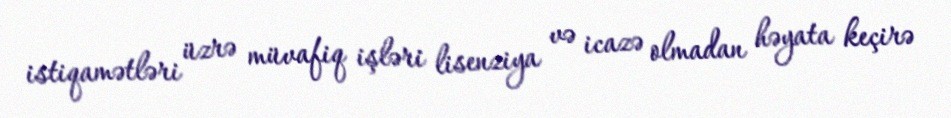
istiqamətləri üzrə müvafiq işləri lisenziya və icazə olmadan həyata keçirə